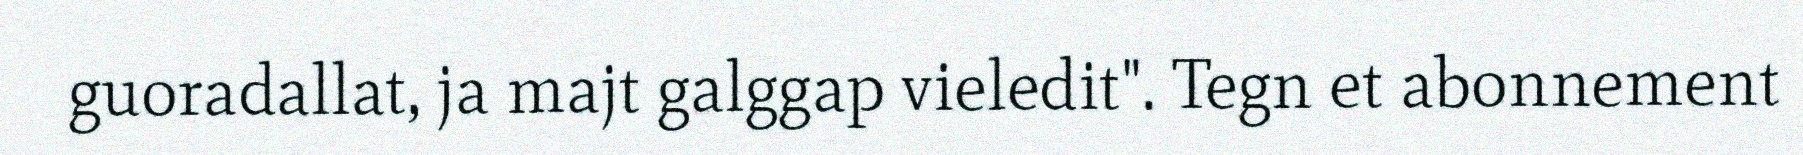
guoradallat, ja majt galggap vieledit". Tegn et abonnement